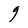
Character: g